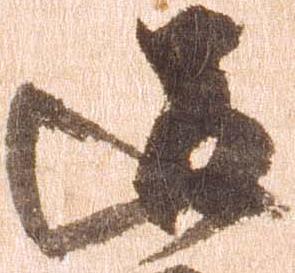
道